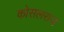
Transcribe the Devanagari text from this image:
कोसलराज